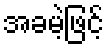
အခမဲ့ဖြင့်